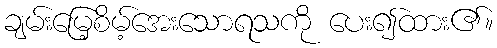
ချမ်းမြေ့စိမ့်အေးသောရသကို ပေး၍ထား၏။